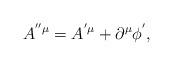
LaTeX: \begin{align*}A^{^{\prime\prime}\mu}=A^{^{\prime}\mu}+\partial^\mu \phi^{^{\prime}},\end{align*}